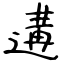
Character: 遘